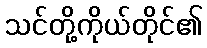
သင်တို့ကိုယ်တိုင်၏